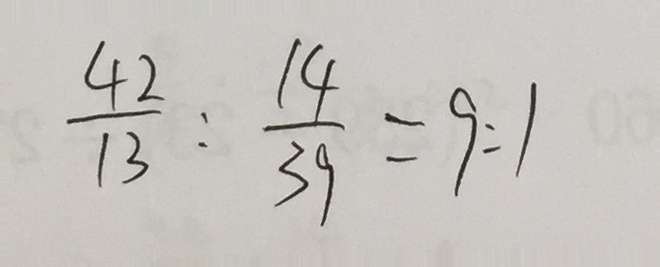
\frac { 4 2 } { 1 3 } : \frac { 1 4 } { 3 9 } = 9 : 1